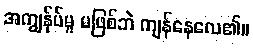
အကျွန်ုပ်မူ မဖြစ်ဘဲ ကျန်နေလေ၏။